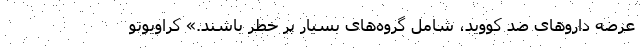
عرضه داروهای ضد کووید، شامل گروه‌های بسیار پر خطر باشند.» کراویوتو